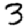
Digit: 3